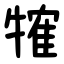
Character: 㹊